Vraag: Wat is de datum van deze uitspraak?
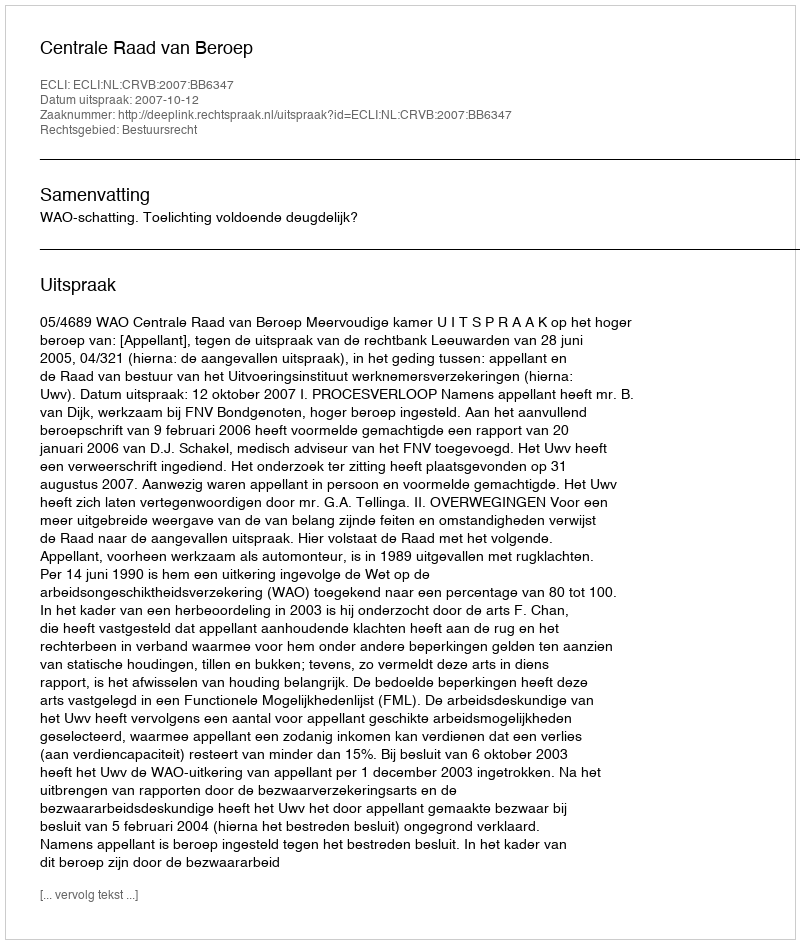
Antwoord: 2007-10-12